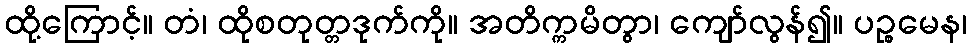
ထို့ကြောင့်။ တံ၊ ထိုစတုတ္တဒုက်ကို။ အတိက္ကမိတွာ၊ ကျော်လွန်၍။ ပဉ္စမေန၊